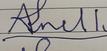
Signature authenticity: forged